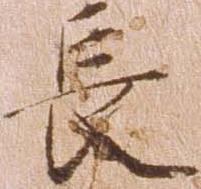
長